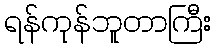
ရန်ကုန်ဘူတာကြီး